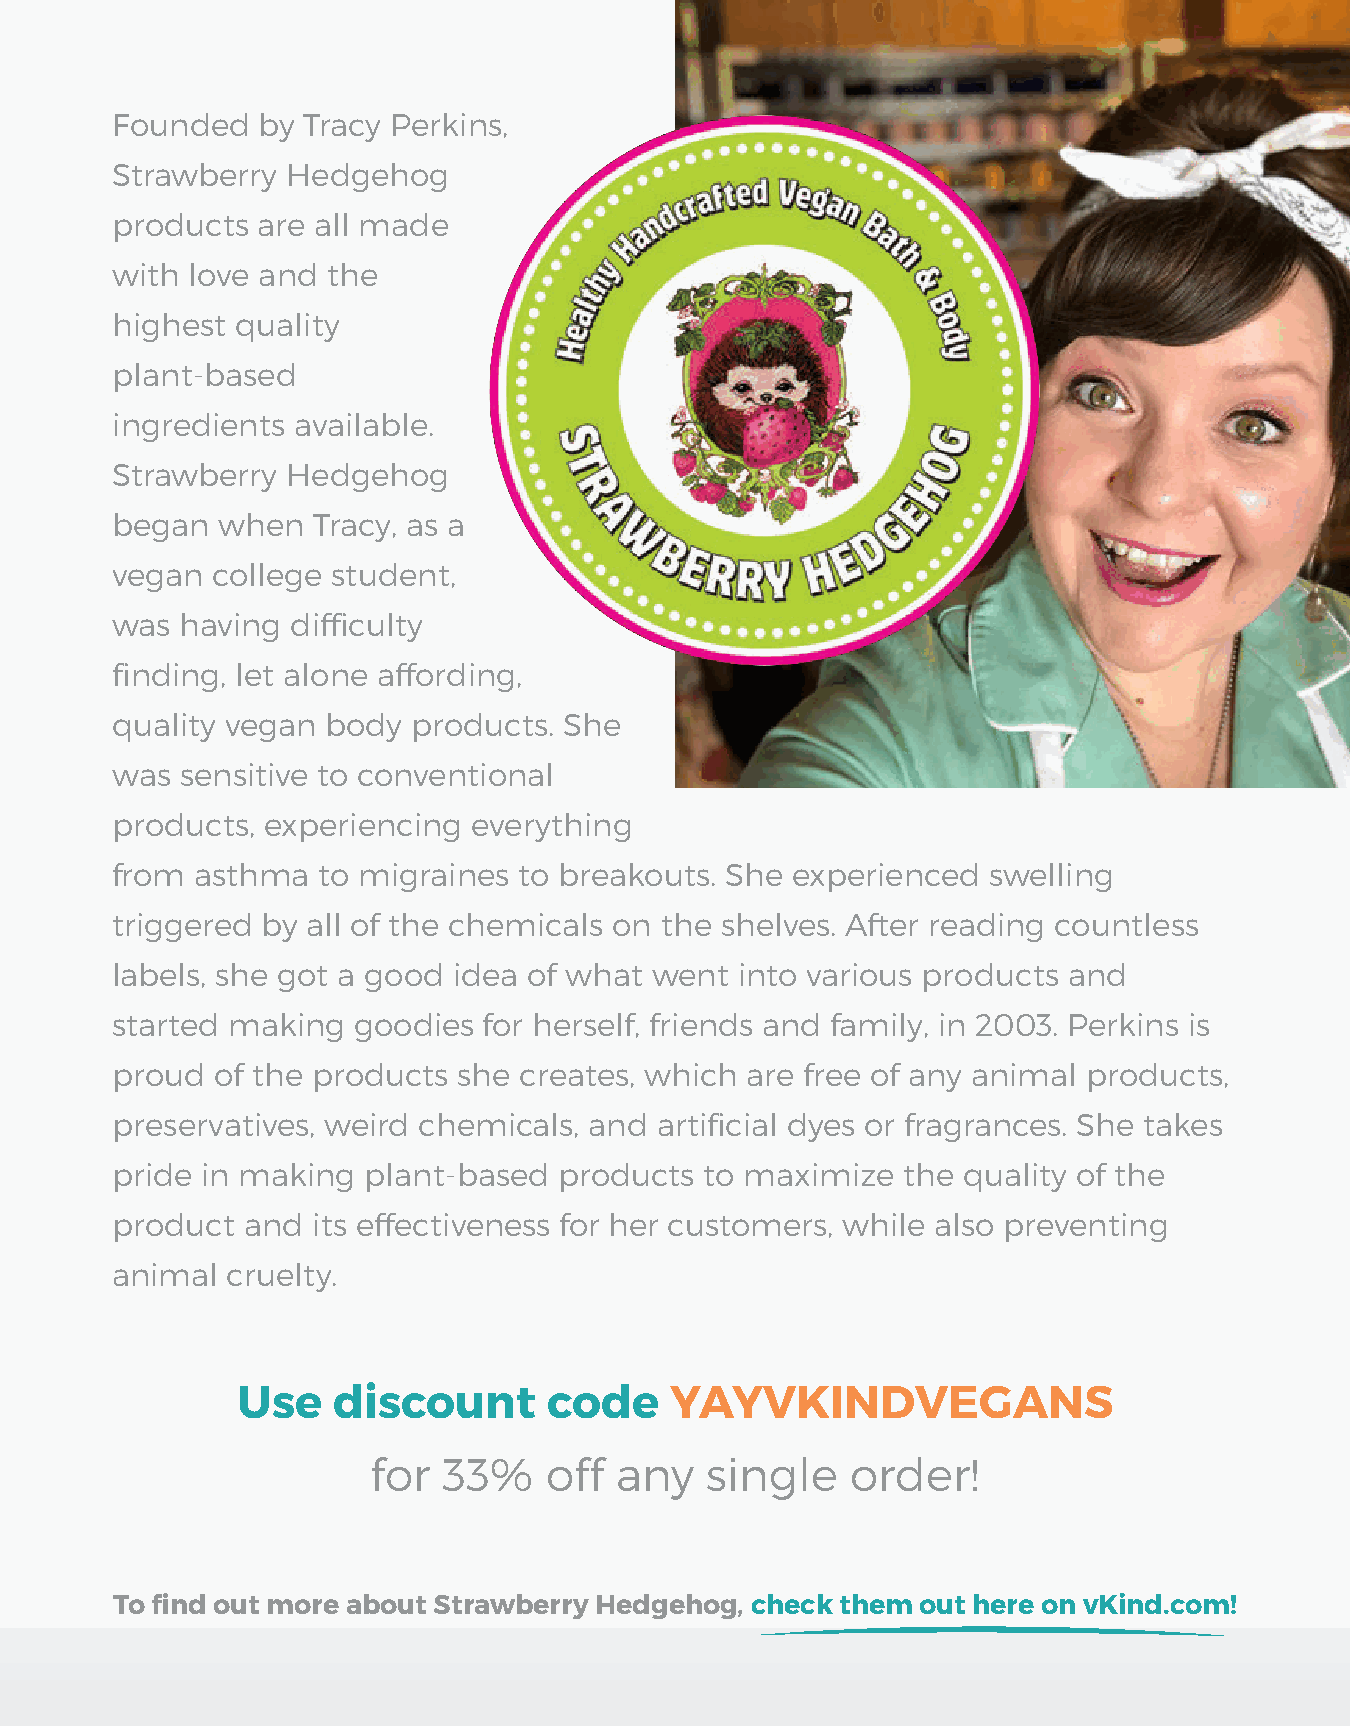
Founded   by Tracy Perkins,
 Strawberry  Hedgehog
 products  are all made
 with  love and the
 highest  quality
 plant-based
 ingredients available.
 Strawberry  Hedgehog
 began  when   Tracy, as a
 vegan  college student,
 was  having difficulty
 finding, let alone affording,
 quality vegan  body products. She
 was  sensitive to conventional
 products,  experiencing everything
 from  asthma  to migraines to breakouts. She experienced  swelling
 triggered by all of the chemicals on the shelves. After reading countless
 labels, she got a good idea of what went  into various products and
 started making  goodies  for herself, friends and family, in 2003. Perkins is
 proud  of the products she creates, which are free of any animal products,
 preservatives, weird chemicals, and  artificial dyes or fragrances. She takes
 pride in making  plant-based  products  to maximize  the quality of the
 product  and  its effectiveness for her customers, while also preventing
 animal  cruelty.
 Use   discount      code    YAYVKINDVEGANS
 for 33%    off  any   single   order!
 To find out more about Strawberry Hedgehog, check them out here on vKind.com!